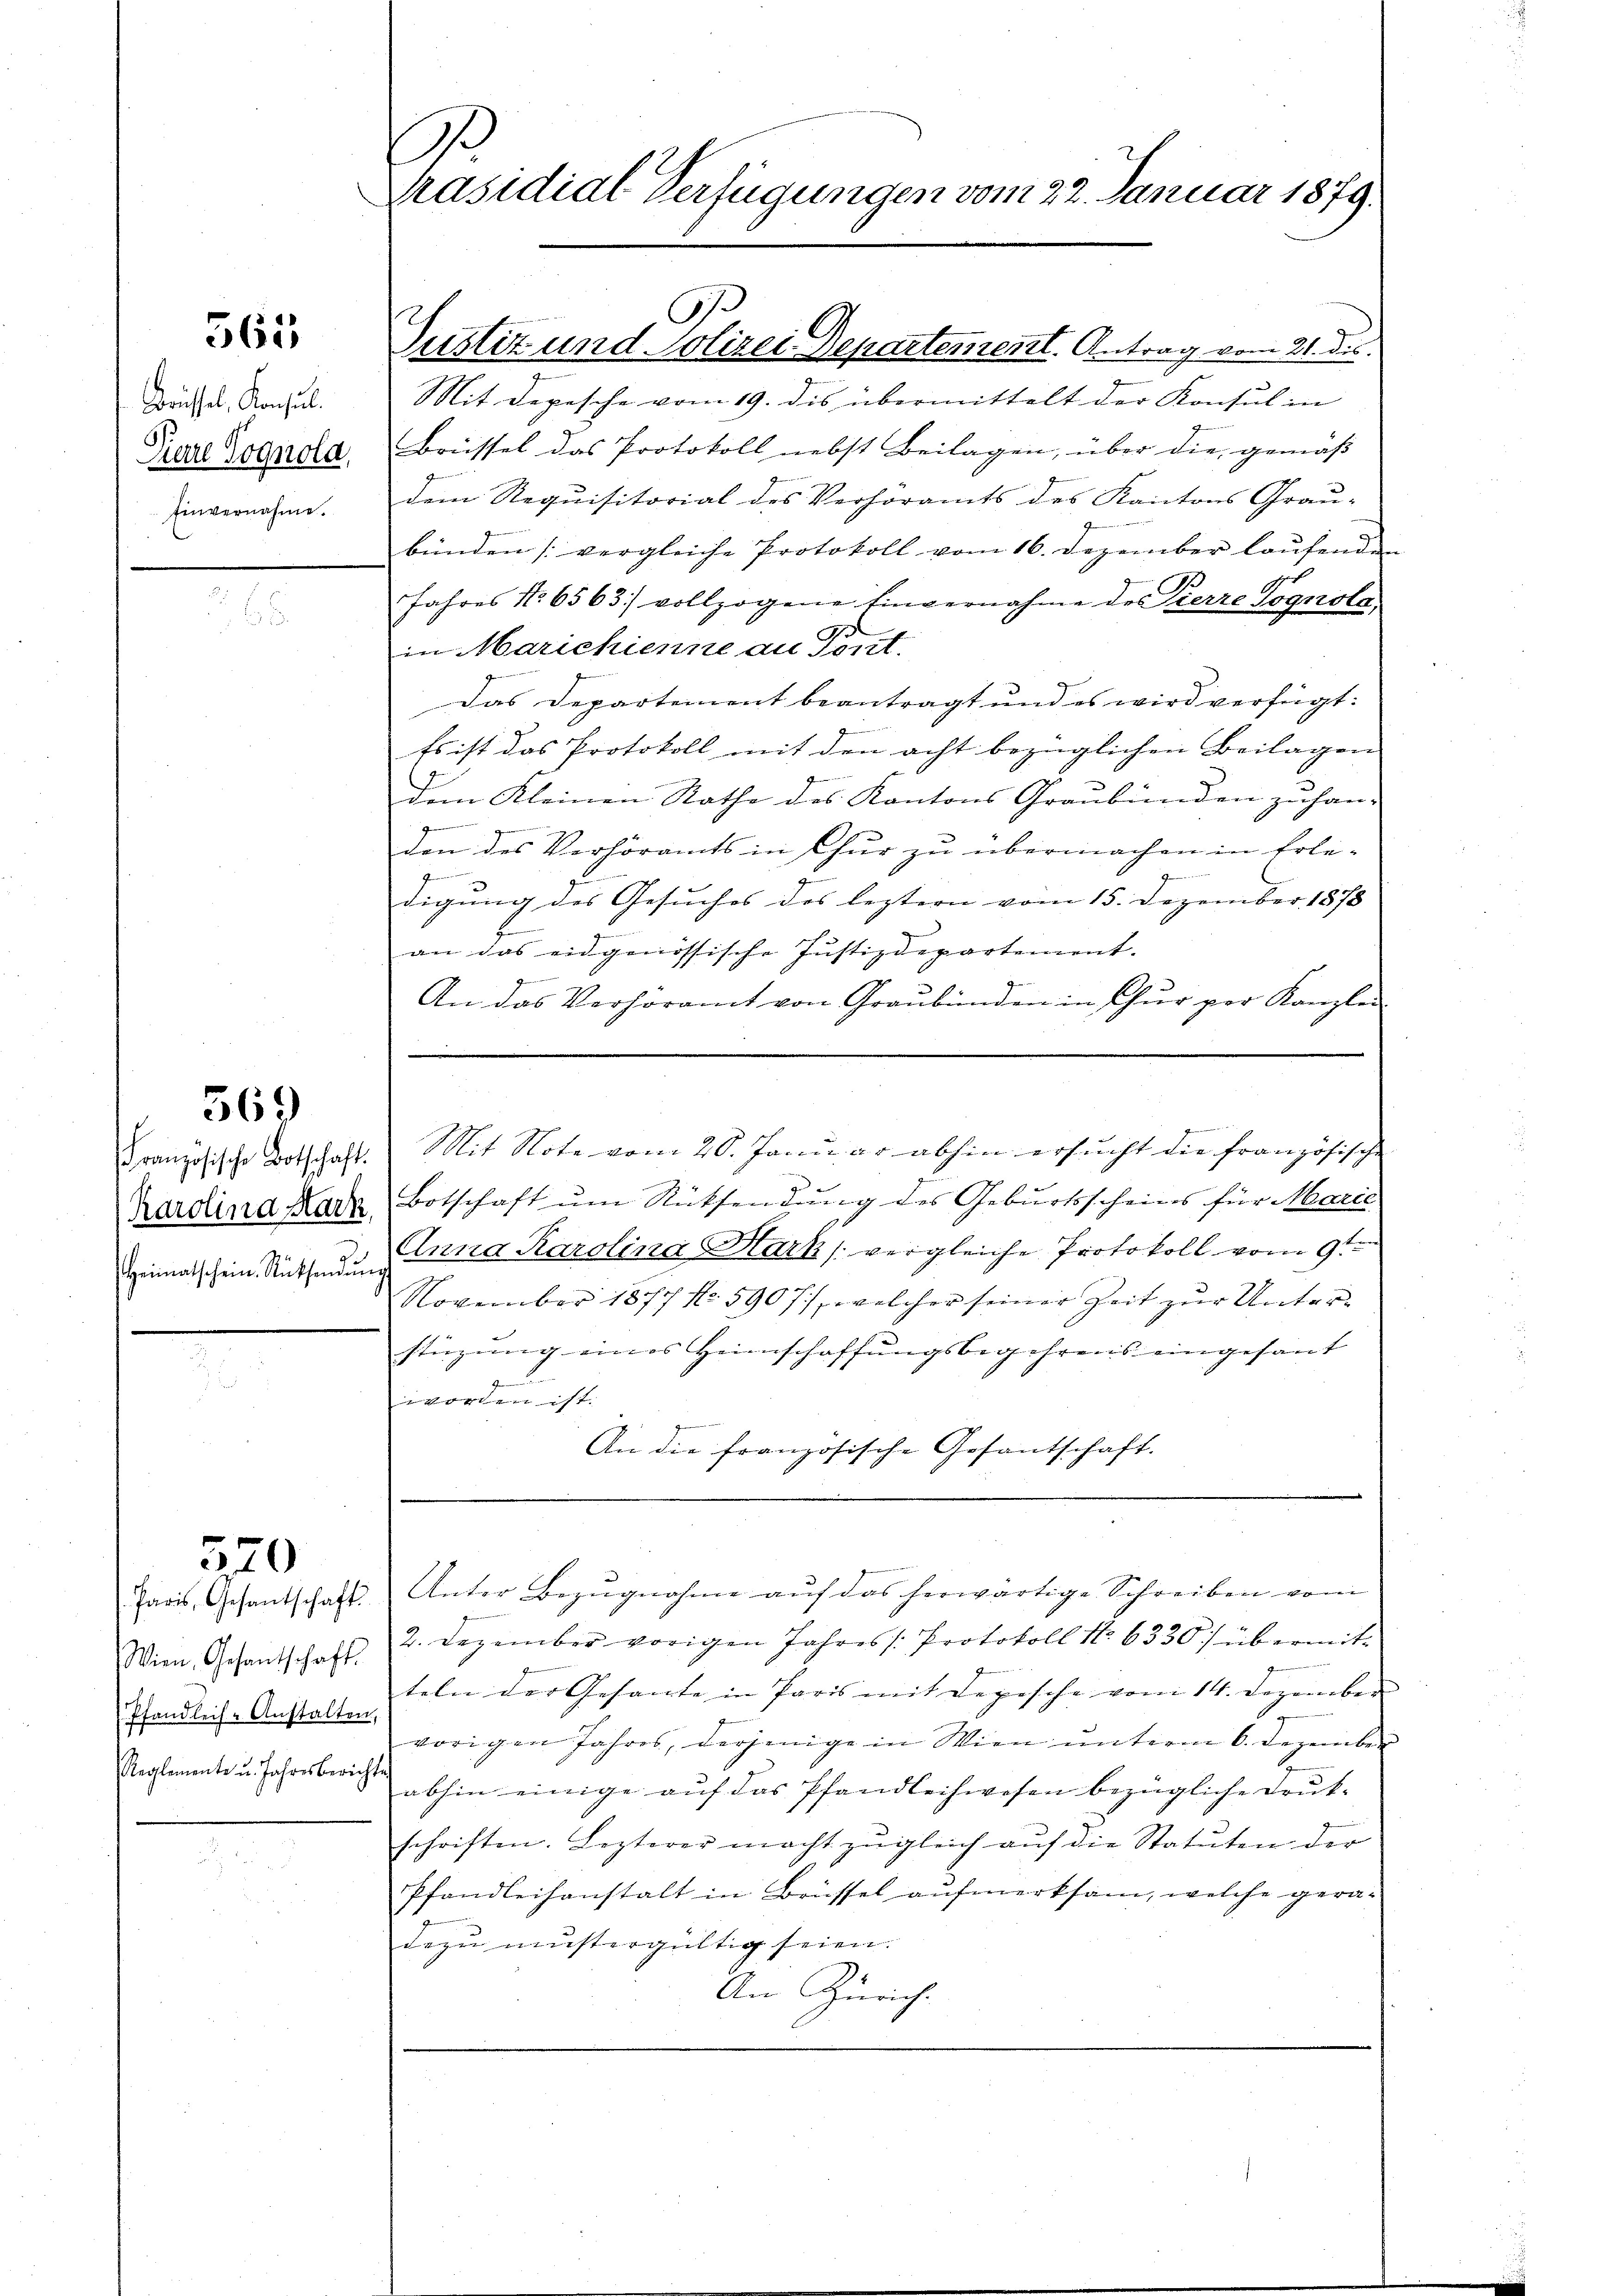
565

Brüssel, Konsul.
Pierre Vognola,
Einvernahme.

569

Französische Botschaft.
Karolina Mark
Heimatschein Rüthenden

570

Paris, Gesantschaft
Wien, Gesandtschaft.
Pfandleih-Anstalten
Reglemente u. Jahresberi

e
räsidial-Verfügungen vom 22. Januar 1879.

Justiz und Polizei-Departement. Antrag vom 21. des
Mit Depesche vom 19. dis übermittelt der Konsul in
Brüssel das Protokoll nebst Beilagen, über die gemäß
dem Requisitorial des Verhöramts des Kantons Grau-
bünden [vergleiche Protokoll vom 16. Dezember laŭfende
Jahres No. 6563) vollzogene Einvernahme des Pierre Pognola,
s
in Marichienne an Tönt.
Das Departement beantragt und es wird verfügt:
Es ist das Protokoll mit den acht bezüglichen Beilagen
dem Kleinen Rathe des Kantons Graubünden zu han-
g
i
den des Verhöramts in Chur zu übermachen in Erle¬
4
z
zu
digung des Gesuches des leztern vom 15. Dezember 1878
9
1
an das eidgenössische Justizdepartement.
g
An das Verhöramt von Graubünden in Chur per Kanzlei
Mit Note vom 20. Januar abhin ersucht die französische
Botschaft um Rücksendung des Geburtsscheins für Marie
Anna Karolina Harks vergleiche Protokoll vom 9ten
g
November 1877 No. 590 f.), welcher seiner Zeit zur Unterstüzung eines Heimschaffungsbegehrens eingesant
a
worden ist.
An die französische Gesantschaft.
Unter Bezŭgnahme aŭf das herwärtige Schreiben vom
2. Dezember vorigen Jahres Protokoll No 6330) übermitteln der Gesante in Paris mit Depesche vom 14. Dezember |
vorigen Jahres, derjenige in Wien unterm 6. Dezember
chtes
abhin einige auf das Pfandleihwesen bezügliche Druk-
schriften. Lezterer macht zŭgleich auf die Statuten der
Pfandleihanstalt in Brüssel aufmerksam, welche geradezu mustergültig seien.
An Zürich.

G